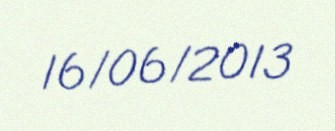
16/06/2013